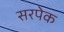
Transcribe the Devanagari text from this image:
सरपेक